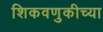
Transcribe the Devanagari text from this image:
शिकवणुकीच्‍या